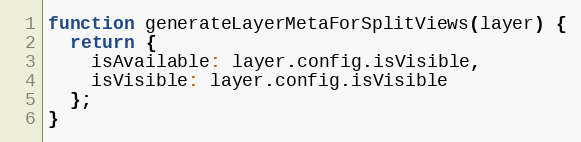
Language: JavaScript
function generateLayerMetaForSplitViews(layer) {
  return {
    isAvailable: layer.config.isVisible,
    isVisible: layer.config.isVisible
  };
}